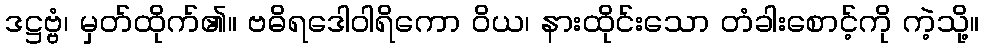
ဒဋ္ဌဗ္ဗံ၊ မှတ်ထိုက်၏။ ဗဓိရဒေါဝါရိကော ဝိယ၊ နားထိုင်းသော တံခါးစောင့်ကို ကဲ့သို့။